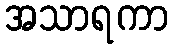
အသာရကာ